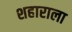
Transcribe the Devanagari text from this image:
शहाराला